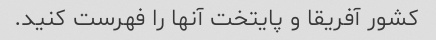
کشور آفریقا و پایتخت آنها را فهرست کنید.